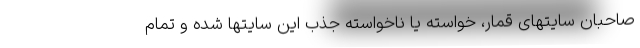
صاحبان سایتهای قمار، خواسته یا ناخواسته جذب این سایتها شده و تمام